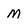
Character: M